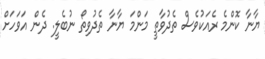
ޔާނާ ކޮންމެ ރެއަކުވެސް ތެދުވާތީ މަންމަ ޔާނާ ތެދުވިތޯ ނުބެލީ. ދެން އަވަހަށް